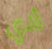
لدي